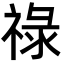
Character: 祿